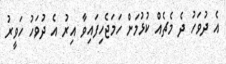
އެ ދުވަހު ދެ މެޗެއް ކުޅުމަށް ހަމަޖެހިފައިވާ އިރު އެ ދުވަހު ހަވީރު